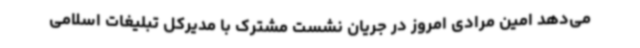
می‌دهد امین مرادی امروز در جریان نشست مشترک با مدیرکل تبلیغات اسلامی